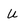
Character: u